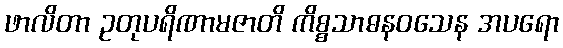
ဖာလိတာ ဥတုပရိဏာမဇာတိ ကိစ္စသာဓနဝသေန အပရော